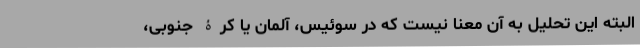
البته این تحلیل به آن معنا نیست که در سوئیس، آلمان یا کرۀ جنوبی،